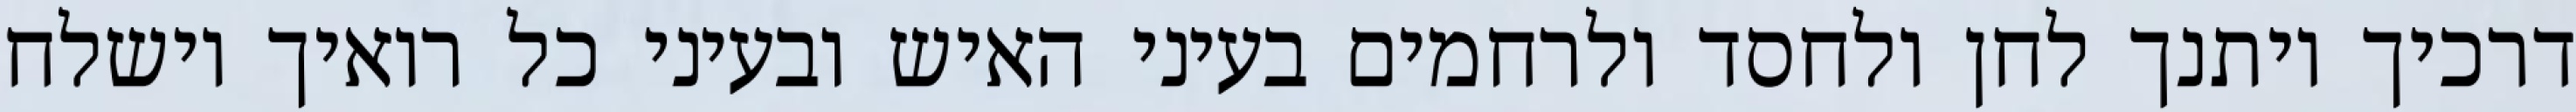
דרכיך ויתנך לחן ולחסד ולרחמים בעיני האיש ובעיני כל רואיך וישלח